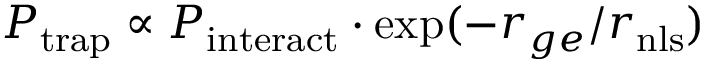
P _ { \mathrm { t r a p } } \propto P _ { \mathrm { i n t e r a c t } } \cdot \exp ( - r _ { g e } / r _ { \mathrm { { n l s } } } )